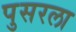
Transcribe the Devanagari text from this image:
पुसरला